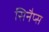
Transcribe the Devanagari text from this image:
सिनैप्स